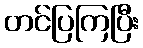
တင်ပြကြပြီး